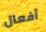
أفعال